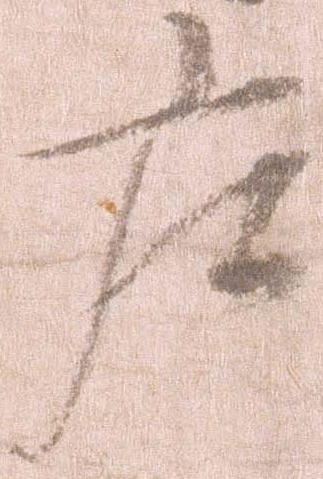
庄